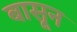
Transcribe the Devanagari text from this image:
बासून